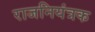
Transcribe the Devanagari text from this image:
राजनियंत्रक